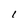
Character: l